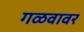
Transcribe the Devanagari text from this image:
गळवावर